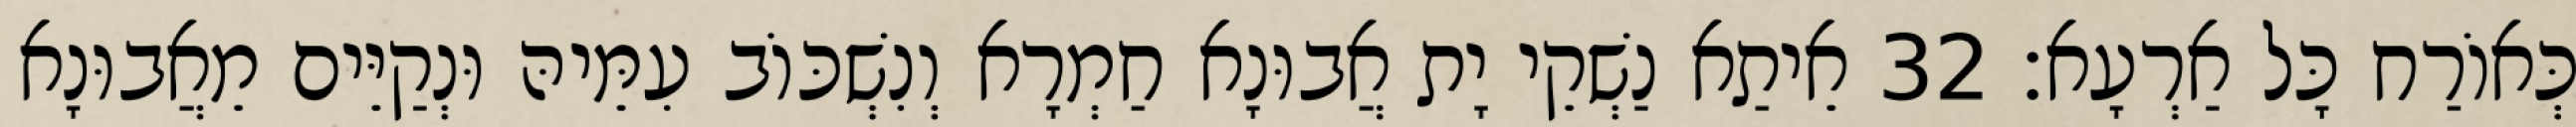
כְּאוֹרַח כָּל אַרְעָא׃ 32 אֵיתַא נַשְׁקֵי יָת אֲבוּנָא חַמְרָא וְנִשְׁכּוֹב עִמֵּיהּ וּנְקַיֵּים מֵאֲבוּנָא